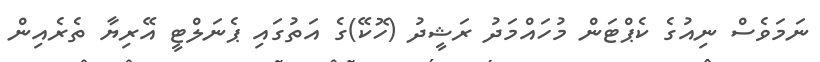
ނަމަވެސް ނިއުގެ ކެޕްޓަން މުހައްމަދު ރަޝީދު (ހޮކޭ)ގެ އަތުގައި ޕެނަލްޓީ އޭރިޔާ ތެރެއިން